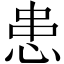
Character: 患